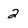
Character: 2